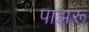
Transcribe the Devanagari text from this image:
पाझरू